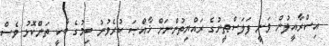
އިސްރާއީލުން ވަނީ ފަލަސްޠީނުގެ ރައްޔިތުންނަށް ޚާއްޞަ ކުރެވުނު ބިމުގެ ބާކީ ތަންކޮޅު ވެސް